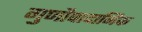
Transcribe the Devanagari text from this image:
गुणौपादानिक